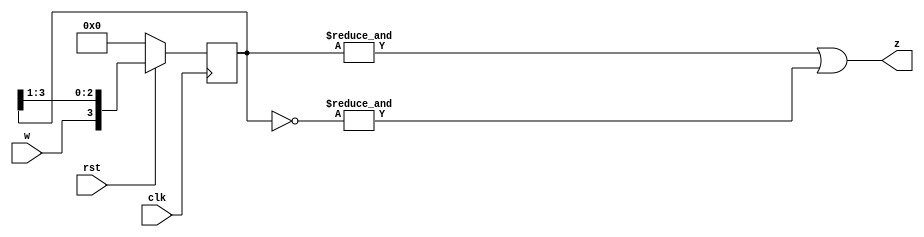
module lab2part3(
	input wire w,
	input wire rst,
	input wire clk,
	output wire z
	);
	reg [3:0] shift_reg;
	always @(posedge clk)
	if (~rst) shift_reg <= 4'b0000; // rst 0  .
	else shift_reg <= {w,shift_reg[3:1]}; 
// w shift_reg[3:0]  3  shift register .
	assign z = (&shift_reg) | (&(~shift_reg));
 //shift_reg[3:0]   and, inv and    or 0000,1111.
	endmodule